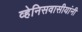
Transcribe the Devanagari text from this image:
व्हेनिसवासीयांनी